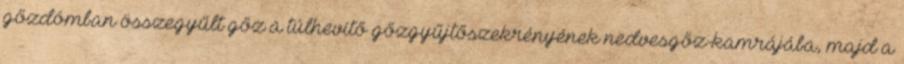
gőzdómban összegyűlt gőz a túlhevítő gőzgyűjtőszekrényének nedvesgőz-kamrájába, majd a